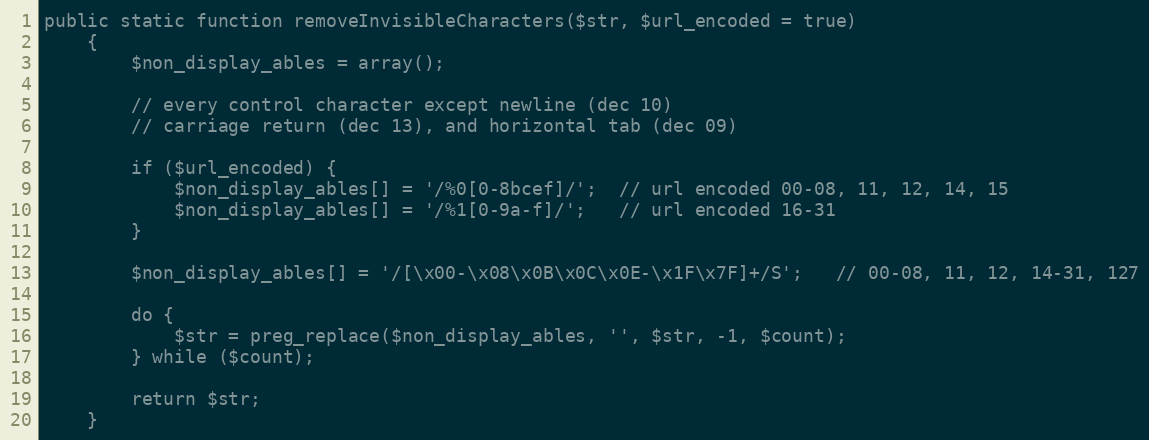
Language: PHP
public static function removeInvisibleCharacters($str, $url_encoded = true)
    {
        $non_display_ables = array();

        // every control character except newline (dec 10)
        // carriage return (dec 13), and horizontal tab (dec 09)

        if ($url_encoded) {
            $non_display_ables[] = '/%0[0-8bcef]/';  // url encoded 00-08, 11, 12, 14, 15
            $non_display_ables[] = '/%1[0-9a-f]/';   // url encoded 16-31
        }

        $non_display_ables[] = '/[\x00-\x08\x0B\x0C\x0E-\x1F\x7F]+/S';   // 00-08, 11, 12, 14-31, 127

        do {
            $str = preg_replace($non_display_ables, '', $str, -1, $count);
        } while ($count);

        return $str;
    }